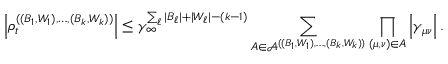
\left\vert \rho _ { t } ^ { ( ( B _ { 1 } , W _ { 1 } ) , \ldots , ( B _ { k } , W _ { k } ) ) } \right\vert \leq \gamma _ { \infty } ^ { \sum _ { \ell } | B _ { \ell } | + | W _ { \ell } | - ( k - 1 ) } \sum _ { A \in \mathcal { A } ^ { ( ( B _ { 1 } , W _ { 1 } ) , \ldots , ( B _ { k } , W _ { k } ) ) } } \prod _ { ( \mu , \nu ) \in A } \left\vert \gamma _ { \mu \nu } \right\vert .